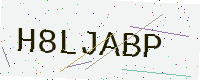
Text: H8LJABP